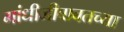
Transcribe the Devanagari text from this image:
गांधीजीबाबतच्या